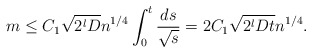
\begin{align*} m\le C_1\sqrt{2^lD} n^{1/4}\int_0^t \frac{ds}{\sqrt{s}} = 2C_1\sqrt{ 2^lDt} n^{1/4}.\end{align*}